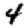
Digit: 4